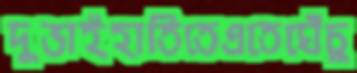
দুভাইহাতিতেএতেঘেঁচু